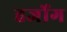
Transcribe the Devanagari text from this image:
हर्जोग